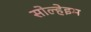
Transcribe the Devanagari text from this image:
सोल्हेइम